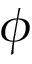
\phi